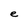
Character: e